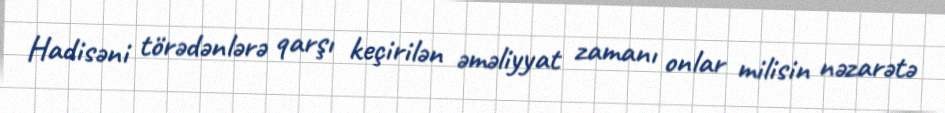
Hadisəni törədənlərə qarşı keçirilən əməliyyat zamanı onlar milisin nəzarətə